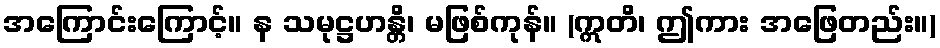
အကြောင်းကြောင့်။ န သမုဋ္ဌဟန္တိ၊ မဖြစ်ကုန်။ (ဣတိ၊ ဤကား အဖြေတည်း။)